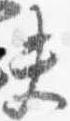
夫